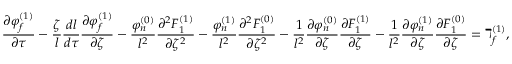
\frac { \partial \varphi _ { f } ^ { ( 1 ) } } { \partial \tau } - \frac { \zeta } { l } \frac { d l } { d \tau } \frac { \partial \varphi _ { f } ^ { ( 1 ) } } { \partial \zeta } - \frac { \varphi _ { n } ^ { ( 0 ) } } { l ^ { 2 } } \frac { \partial ^ { 2 } F _ { 1 } ^ { ( 1 ) } } { \partial \zeta ^ { 2 } } - \frac { \varphi _ { n } ^ { ( 1 ) } } { l ^ { 2 } } \frac { \partial ^ { 2 } F _ { 1 } ^ { ( 0 ) } } { \partial \zeta ^ { 2 } } - \frac { 1 } { l ^ { 2 } } \frac { \partial \varphi _ { n } ^ { ( 0 ) } } { \partial \zeta } \frac { \partial F _ { 1 } ^ { ( 1 ) } } { \partial \zeta } - \frac { 1 } { l ^ { 2 } } \frac { \partial \varphi _ { n } ^ { ( 1 ) } } { \partial \zeta } \frac { \partial F _ { 1 } ^ { ( 0 ) } } { \partial \zeta } = \daleth _ { f } ^ { ( 1 ) } ,